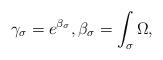
LaTeX: \begin{align*}\gamma_\sigma = e^{\beta_\sigma}, \beta_\sigma = \int_\sigma \Omega, \end{align*}